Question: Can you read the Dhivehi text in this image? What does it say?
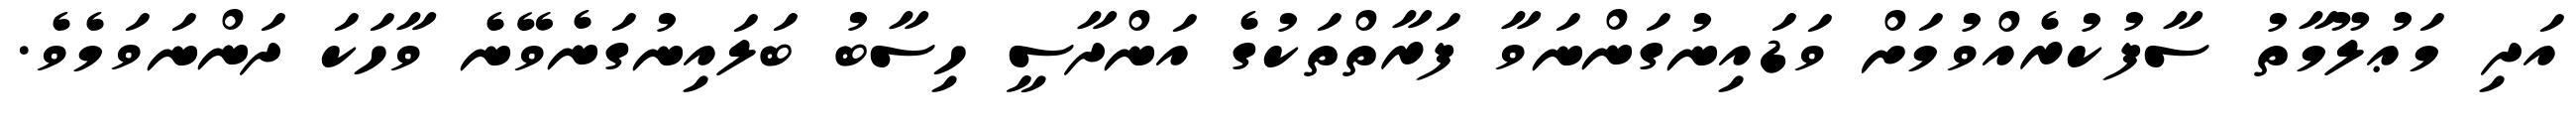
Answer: އަދި މަޢުލޫމާތު ސާފުކުރެއްވުމަށް ވަޑައިނުގަންނަވާ ފަރާތްތަކުގެ އަންދާސީ ހިސާބު ބަލައިނުގަނެވޭނެ ވާހަކަ ދަންނަވަމެވެ.